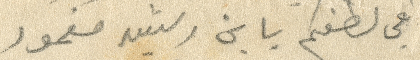
في لطفكم بابن رشيد مغمور